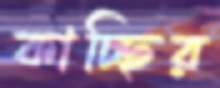
কাচ্ছির